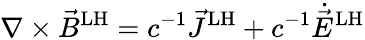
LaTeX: \nabla\times{\vec{B}}^{\mathrm{LH}}=c^{-1}{\vec{J}}^{\mathrm{LH}}+c^{-1}{\dot{\vec{E}}}^{\mathrm{LH}}